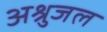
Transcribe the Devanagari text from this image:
अश्रुजल